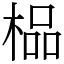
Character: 榀